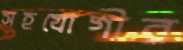
সহযোগীর